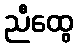
ညီထွေ